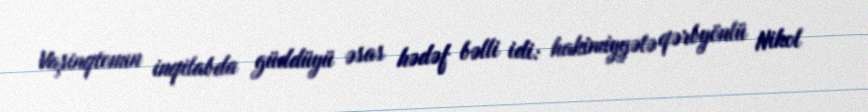
Vaşinqtonun inqilabda güddüyü əsas hədəf bəlli idi: hakimiyyətə qərbyönlü Nikol